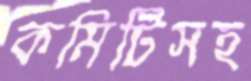
কমিটিসহ